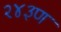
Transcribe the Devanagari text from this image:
२४३ण